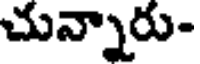
చున్నారు-